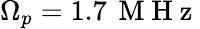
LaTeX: \Omega_{p}=1.7\, \mathrm{~M~H~z~}